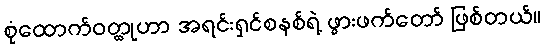
စုံထောက်ဝတ္ထုဟာ အရင်းရှင်စနစ်ရဲ့ ဖွားဖက်တော် ဖြစ်တယ်။